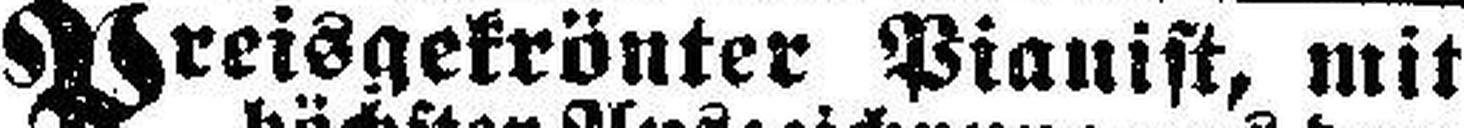
Preisgekrönter Pianist, mit